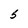
Character: 5